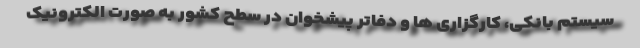
سیستم بانکی، کارگزاری ها و دفاتر پیشخوان در سطح کشور به صورت الکترونیک